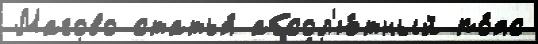
Магово статья́ абсол'ю́тный по́яс